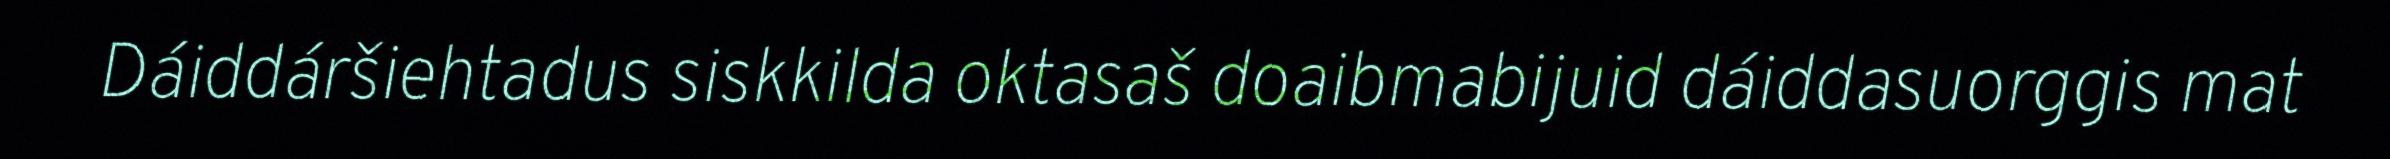
Dáiddáršiehtadus siskkilda oktasaš doaibmabijuid dáiddasuorggis mat